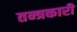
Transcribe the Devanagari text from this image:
तन्त्रकारी